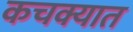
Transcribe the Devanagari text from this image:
कचक्यात